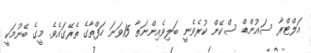
އަލްޓްރާ ސައުންޑް ސްކޭން ކުރެވެނީ ބަލިވެއިންނަތާ 15ވަނަ ހަފްތާގެ ތެރޭގައެވެ. މީގެ ބޭނުމަކީ